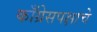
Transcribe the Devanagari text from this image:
काँग्रेसपक्षाचे